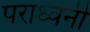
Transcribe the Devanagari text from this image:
पराध्वनी